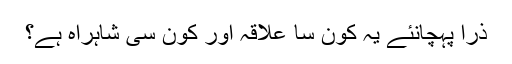
ذرا پہچانئے یہ کون سا علاقہ اور کون سی شاہراہ ہے؟